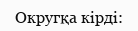
Округқа кірді: